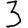
Digit: 3